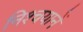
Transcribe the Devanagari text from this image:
निश्चयानें